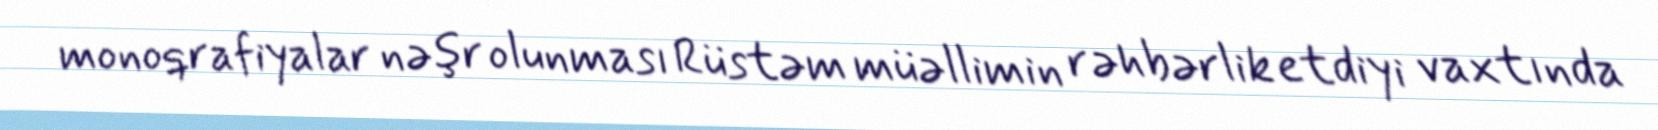
monoqrafiyalar nəşr olunması Rüstəm müəllimin rəhbərlik etdiyi vaxtında